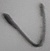
Text: V